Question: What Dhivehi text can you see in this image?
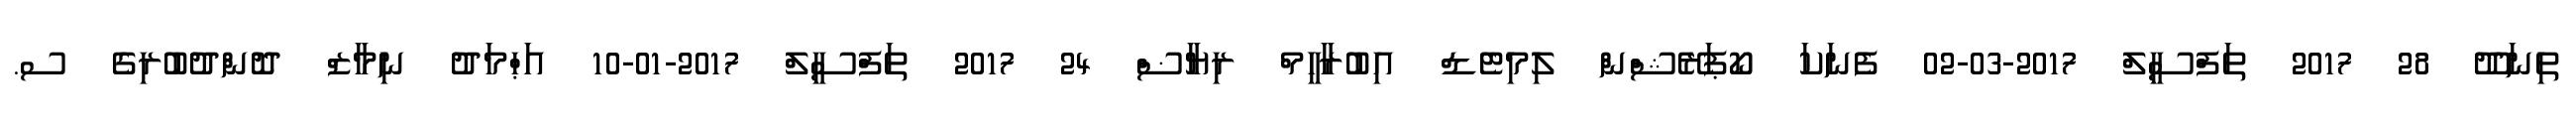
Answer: ތިނަދޫ 28 2017 ތަފްސީލް 2017-03-02 ފެނަކަ ކޯޕަރޭޝްން ލިމިޓެޑް އިބުރާހީމް ރިޔާޟް 24 2017 ތަފްސީލް 2017-01-10 އަޙްމަދު ނިމާޒް ދޮންދުބުރިގެ ސ.